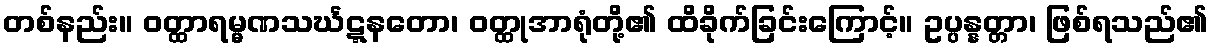
တစ်နည်း။ ဝတ္ထာရမ္မဏသင်္ဃဋ္ဋနတော၊ ဝတ္ထုအာရုံတို့၏ ထိခိုက်ခြင်းကြောင့်။ ဥပ္ပန္နတ္တာ၊ ဖြစ်ရသည်၏